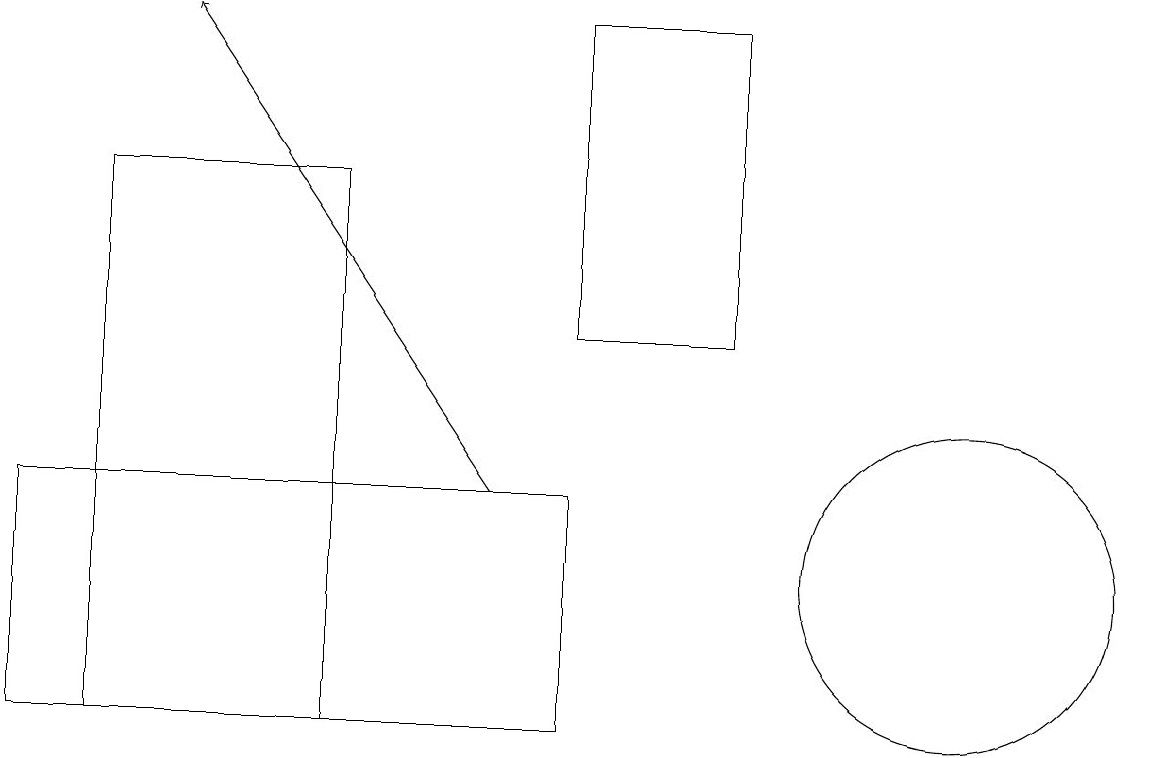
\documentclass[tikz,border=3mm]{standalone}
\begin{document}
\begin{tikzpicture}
\draw[->] (6,13) -- (2,19);
\draw (7,10) rectangle (0,13);
\draw (12,12) circle (2);
\draw (9,15) rectangle (7,19);
\draw (1,10) rectangle (4,17);
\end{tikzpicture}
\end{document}